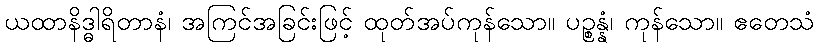
ယထာနိဒ္ဓါရိတာနံ၊ အကြင်အခြင်းဖြင့် ထုတ်အပ်ကုန်သော။ ပဉ္စန္နံ၊ ကုန်သော။ ဧတေသံ